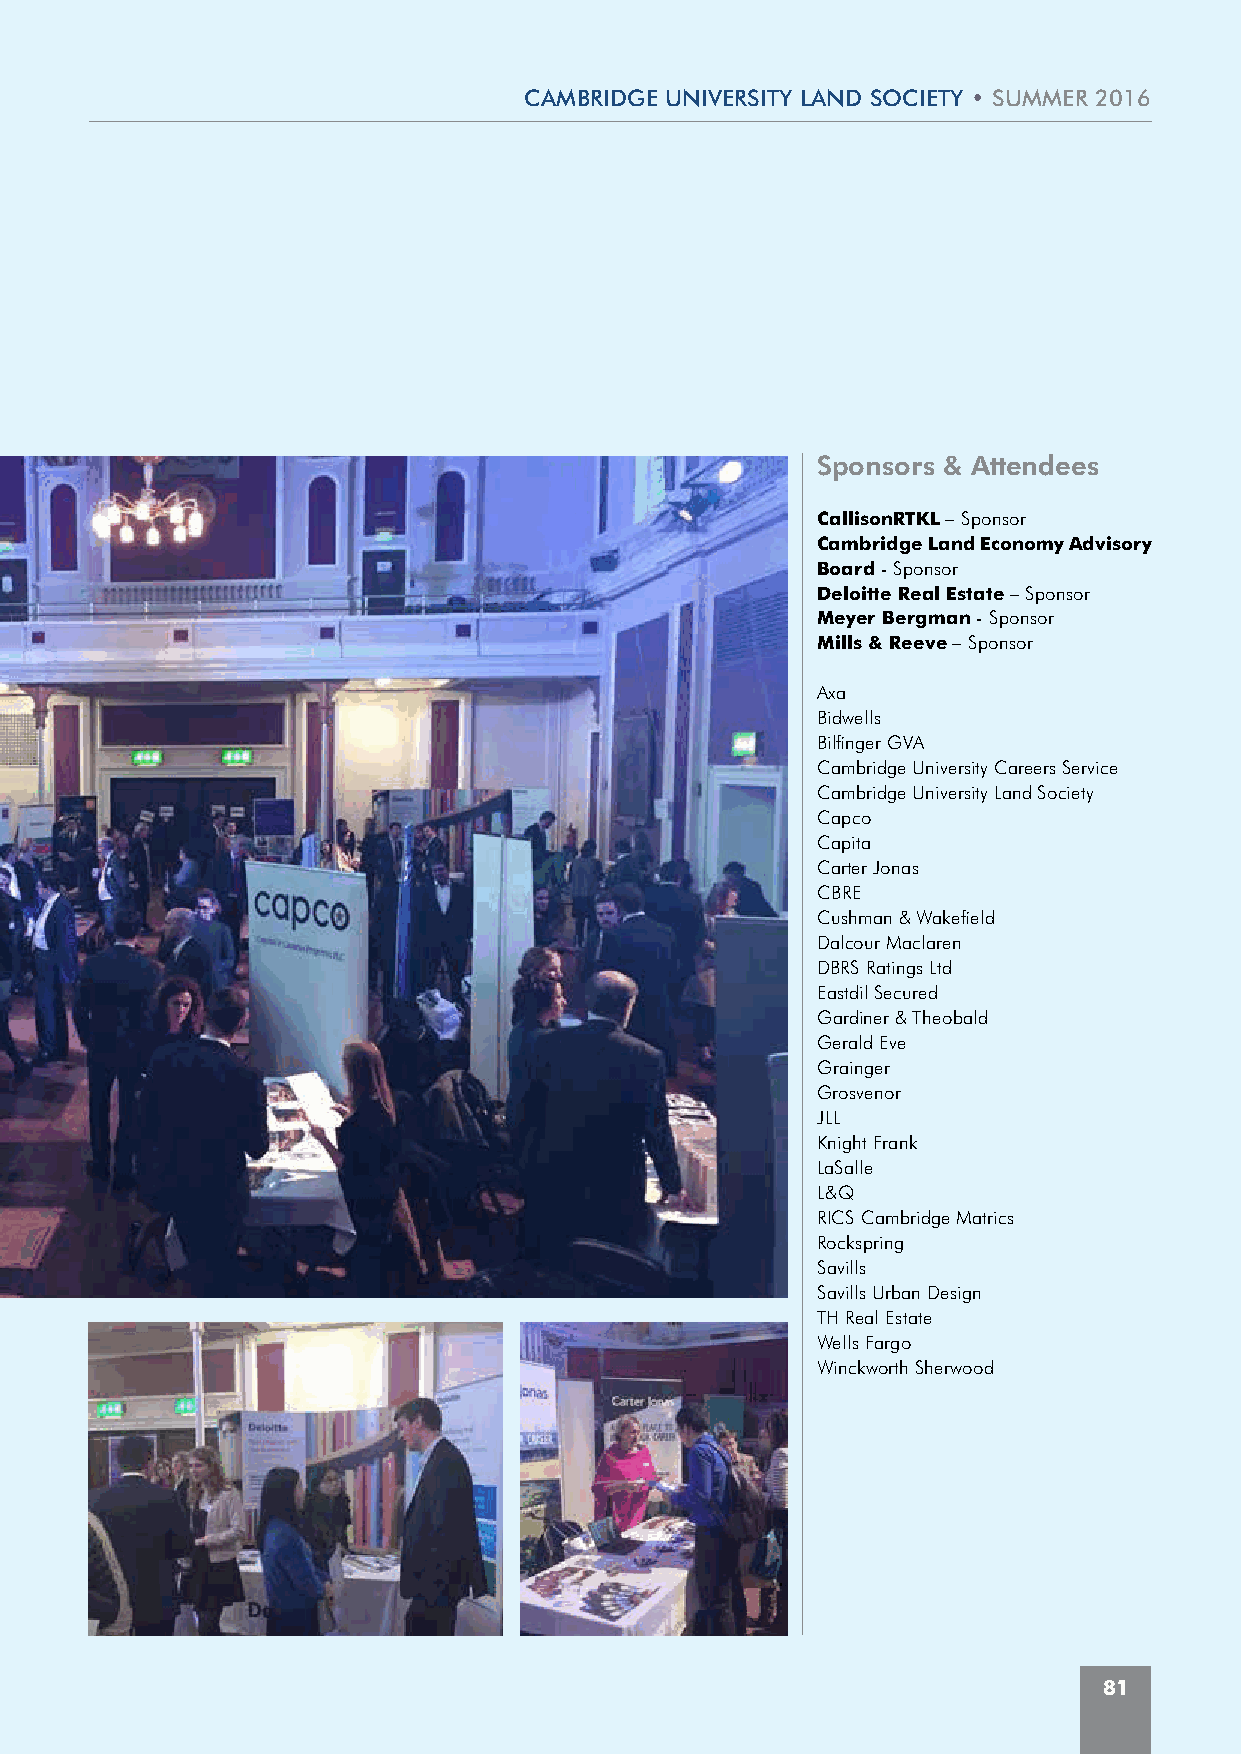
CAMBRIDGE UNIVERSITy LAND SOCIETy • SUMMER 2016
 Sponsors & Attendees
 CallisonRTKL – Sponsor
 Cambridge Land Economy Advisory
 Board - Sponsor
 Deloitte Real Estate – Sponsor
 Meyer Bergman - Sponsor
 Mills & Reeve – Sponsor
 Axa
 Bidwells
 Bilfinger GVA
 Cambridge University Careers Service
 Cambridge University Land Society
 Capco
 Capita
 Carter Jonas
 CBRE
 Cushman & Wakefield
 Dalcour Maclaren
 DBRS Ratings Ltd
 Eastdil Secured
 Gardiner & Theobald
 Gerald Eve
 Grainger
 Grosvenor
 JLL
 Knight Frank
 LaSalle
 L&Q
 RICS Cambridge Matrics
 Rockspring
 Savills
 Savills Urban Design
 TH Real Estate
 Wells Fargo
 Winckworth Sherwood
 81